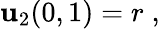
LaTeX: \mathbf{u}_{2}(0,1)=r\; ,